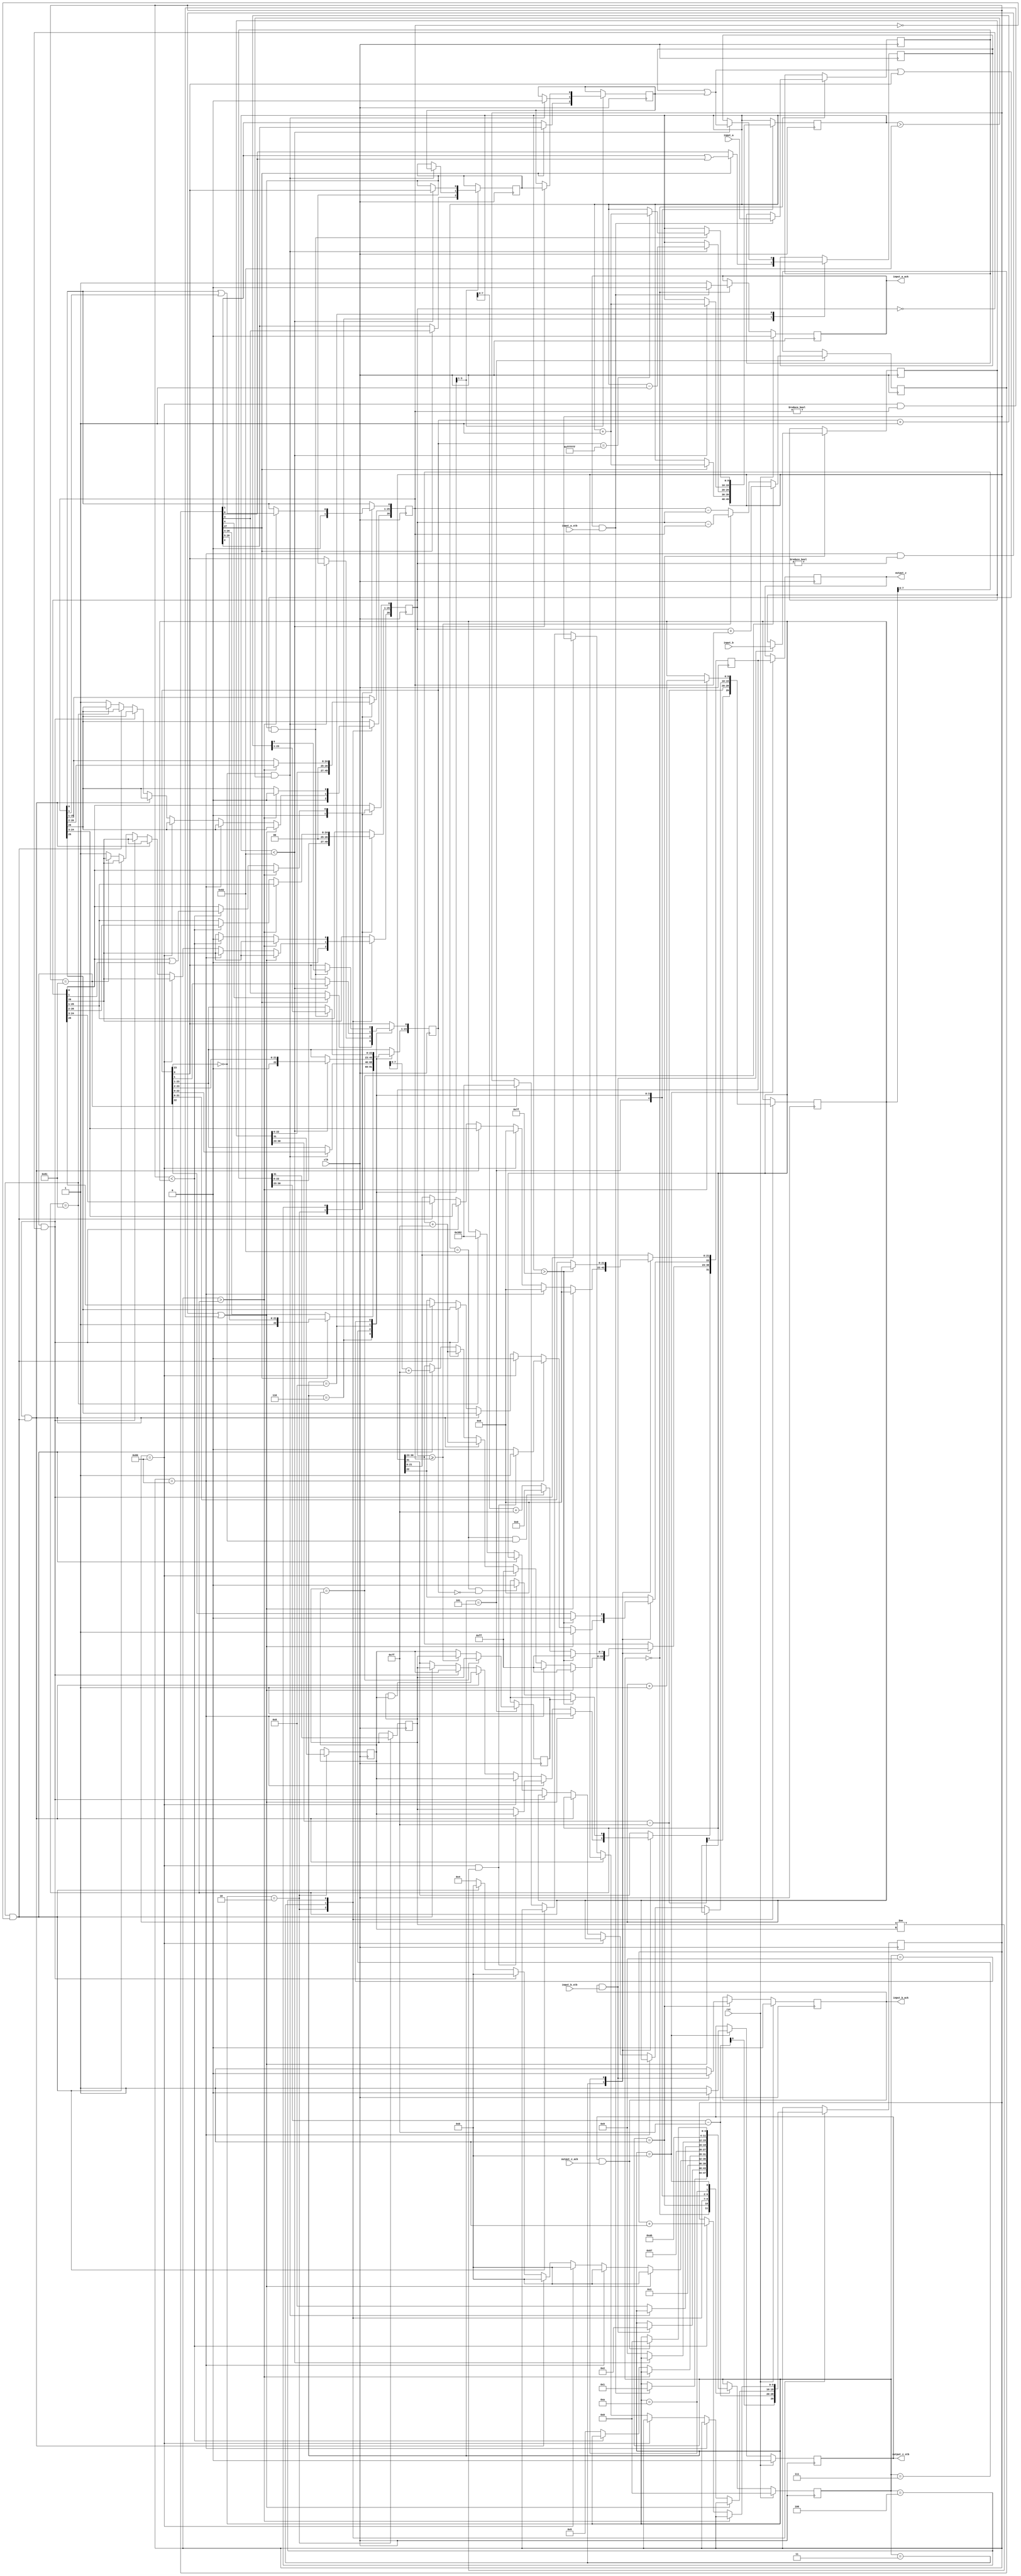
// This program was cloned from: https://github.com/dawsonjon/fpu
// License: MIT License

//IEEE Floating Point Adder (Single Precision)
//Copyright (C) Jonathan P Dawson 2013
//2013-12-12

module adder(
        input_a,
        input_b,
        input_a_stb,
        input_b_stb,
        output_z_ack,
        clk,
        rst,
        output_z,
        output_z_stb,
        input_a_ack,
        input_b_ack);

  input     clk;
  input     rst;

  input     [31:0] input_a;
  input     input_a_stb;
  output    input_a_ack;

  input     [31:0] input_b;
  input     input_b_stb;
  output    input_b_ack;

  output    [31:0] output_z;
  output    output_z_stb;
  input     output_z_ack;

  reg       s_output_z_stb;
  reg       [31:0] s_output_z;
  reg       s_input_a_ack;
  reg       s_input_b_ack;

  reg       [3:0] state;
  parameter get_a         = 4'd0,
            get_b         = 4'd1,
            unpack        = 4'd2,
            special_cases = 4'd3,
            align         = 4'd4,
            add_0         = 4'd5,
            add_1         = 4'd6,
            normalise_1   = 4'd7,
            normalise_2   = 4'd8,
            round         = 4'd9,
            pack          = 4'd10,
            put_z         = 4'd11;

  reg       [31:0] a, b, z;
  reg       [26:0] a_m, b_m;
  reg       [23:0] z_m;
  reg       [9:0] a_e, b_e, z_e;
  reg       a_s, b_s, z_s;
  reg       guard, round_bit, sticky;
  reg       [27:0] sum;

  always @(posedge clk)
  begin

    case(state)

      get_a:
      begin
        s_input_a_ack <= 1;
        if (s_input_a_ack && input_a_stb) begin
          a <= input_a;
          s_input_a_ack <= 0;
          state <= get_b;
        end
      end

      get_b:
      begin
        s_input_b_ack <= 1;
        if (s_input_b_ack && input_b_stb) begin
          b <= input_b;
          s_input_b_ack <= 0;
          state <= unpack;
        end
      end

      unpack:
      begin
        a_m <= {a[22 : 0], 3'd0};
        b_m <= {b[22 : 0], 3'd0};
        a_e <= a[30 : 23] - 127;
        b_e <= b[30 : 23] - 127;
        a_s <= a[31];
        b_s <= b[31];
        state <= special_cases;
      end

      special_cases:
      begin
        //if a is NaN or b is NaN return NaN 
        if ((a_e == 128 && a_m != 0) || (b_e == 128 && b_m != 0)) begin
          z[31] <= 1;
          z[30:23] <= 255;
          z[22] <= 1;
          z[21:0] <= 0;
          state <= put_z;
        //if a is inf return inf
        end else if (a_e == 128) begin
          z[31] <= a_s;
          z[30:23] <= 255;
          z[22:0] <= 0;
          //if a is inf and signs don't match return nan
          if ((b_e == 128) && (a_s != b_s)) begin
              z[31] <= b_s;
              z[30:23] <= 255;
              z[22] <= 1;
              z[21:0] <= 0;
          end
          state <= put_z;
        //if b is inf return inf
        end else if (b_e == 128) begin
          z[31] <= b_s;
          z[30:23] <= 255;
          z[22:0] <= 0;
          state <= put_z;
        //if a is zero return b
        end else if ((($signed(a_e) == -127) && (a_m == 0)) && (($signed(b_e) == -127) && (b_m == 0))) begin
          z[31] <= a_s & b_s;
          z[30:23] <= b_e[7:0] + 127;
          z[22:0] <= b_m[26:3];
          state <= put_z;
        //if a is zero return b
        end else if (($signed(a_e) == -127) && (a_m == 0)) begin
          z[31] <= b_s;
          z[30:23] <= b_e[7:0] + 127;
          z[22:0] <= b_m[26:3];
          state <= put_z;
        //if b is zero return a
        end else if (($signed(b_e) == -127) && (b_m == 0)) begin
          z[31] <= a_s;
          z[30:23] <= a_e[7:0] + 127;
          z[22:0] <= a_m[26:3];
          state <= put_z;
        end else begin
          //Denormalised Number
          if ($signed(a_e) == -127) begin
            a_e <= -126;
          end else begin
            a_m[26] <= 1;
          end
          //Denormalised Number
          if ($signed(b_e) == -127) begin
            b_e <= -126;
          end else begin
            b_m[26] <= 1;
          end
          state <= align;
        end
      end

      align:
      begin
        if ($signed(a_e) > $signed(b_e)) begin
          b_e <= b_e + 1;
          b_m <= b_m >> 1;
          b_m[0] <= b_m[0] | b_m[1];
        end else if ($signed(a_e) < $signed(b_e)) begin
          a_e <= a_e + 1;
          a_m <= a_m >> 1;
          a_m[0] <= a_m[0] | a_m[1];
        end else begin
          state <= add_0;
        end
      end

      add_0:
      begin
        z_e <= a_e;
        if (a_s == b_s) begin
          sum <= a_m + b_m;
          z_s <= a_s;
        end else begin
          if (a_m >= b_m) begin
            sum <= a_m - b_m;
            z_s <= a_s;
          end else begin
            sum <= b_m - a_m;
            z_s <= b_s;
          end
        end
        state <= add_1;
      end

      add_1:
      begin
        if (sum[27]) begin
          z_m <= sum[27:4];
          guard <= sum[3];
          round_bit <= sum[2];
          sticky <= sum[1] | sum[0];
          z_e <= z_e + 1;
        end else begin
          z_m <= sum[26:3];
          guard <= sum[2];
          round_bit <= sum[1];
          sticky <= sum[0];
        end
        state <= normalise_1;
      end

      normalise_1:
      begin
        if (z_m[23] == 0 && $signed(z_e) > -126) begin
          z_e <= z_e - 1;
          z_m <= z_m << 1;
          z_m[0] <= guard;
          guard <= round_bit;
          round_bit <= 0;
        end else begin
          state <= normalise_2;
        end
      end

      normalise_2:
      begin
        if ($signed(z_e) < -126) begin
          z_e <= z_e + 1;
          z_m <= z_m >> 1;
          guard <= z_m[0];
          round_bit <= guard;
          sticky <= sticky | round_bit;
        end else begin
          state <= round;
        end
      end

      round:
      begin
        if (guard && (round_bit | sticky | z_m[0])) begin
          z_m <= z_m + 1;
          if (z_m == 24'hffffff) begin
            z_e <=z_e + 1;
          end
        end
        state <= pack;
      end

      pack:
      begin
        z[22 : 0] <= z_m[22:0];
        z[30 : 23] <= z_e[7:0] + 127;
        z[31] <= z_s;
        if ($signed(z_e) == -126 && z_m[23] == 0) begin
          z[30 : 23] <= 0;
        end
        if ($signed(z_e) == -126 && z_m[23:0] == 24'h0) begin
          z[31] <= 1'b0; // FIX SIGN BUG: -a + a = +0.
        end
        //if overflow occurs, return inf
        if ($signed(z_e) > 127) begin
          z[22 : 0] <= 0;
          z[30 : 23] <= 255;
          z[31] <= z_s;
        end
        state <= put_z;
      end

      put_z:
      begin
        s_output_z_stb <= 1;
        s_output_z <= z;
        if (s_output_z_stb && output_z_ack) begin
          s_output_z_stb <= 0;
          state <= get_a;
        end
      end

    endcase

    if (rst == 1) begin
      state <= get_a;
      s_input_a_ack <= 0;
      s_input_b_ack <= 0;
      s_output_z_stb <= 0;
    end

  end
  assign input_a_ack = s_input_a_ack;
  assign input_b_ack = s_input_b_ack;
  assign output_z_stb = s_output_z_stb;
  assign output_z = s_output_z;

endmodule